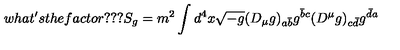
w h a t ^ { \prime } s t h e f a c t o r ? ? ? S _ { g } = { m ^ { 2 } } \int d ^ { 4 } x \sqrt { - g } ( D _ { \mu } g ) _ { a \bar { b } } g ^ { \bar { b } c } ( D ^ { \mu } g ) _ { c \bar { d } } g ^ { \bar { d } a }